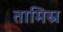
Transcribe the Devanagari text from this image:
तामिस्र